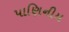
પાણિનીય